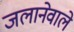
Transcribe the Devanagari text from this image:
जलानेवाले